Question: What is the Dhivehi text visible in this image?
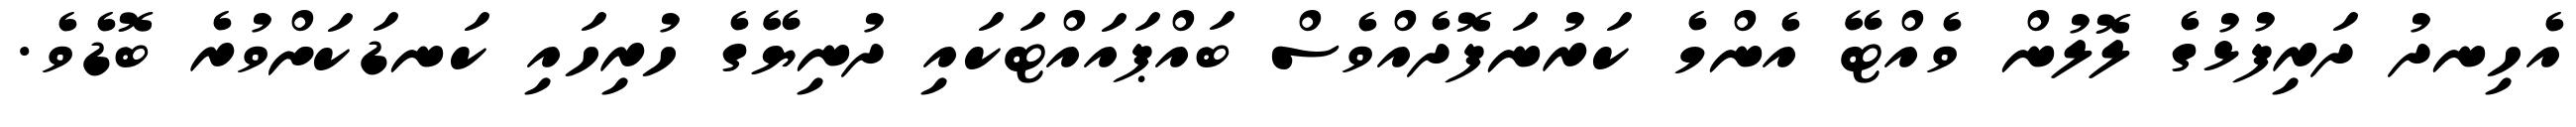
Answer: އެހިނދު ދަރިފުޅުގެ ލޮލުން ވެއްޓޭ އެންމެ ކަރުނަފޮދެއްވެސް ބައްޕައައްޓަކައި ދުނިޔޭގެ ހުރިހައި ކަނޑަކަށްވުރެ ބޮޑެވެ.